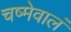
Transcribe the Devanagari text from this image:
चष्मेवालं